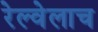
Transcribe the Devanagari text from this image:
रेल्वेलाच